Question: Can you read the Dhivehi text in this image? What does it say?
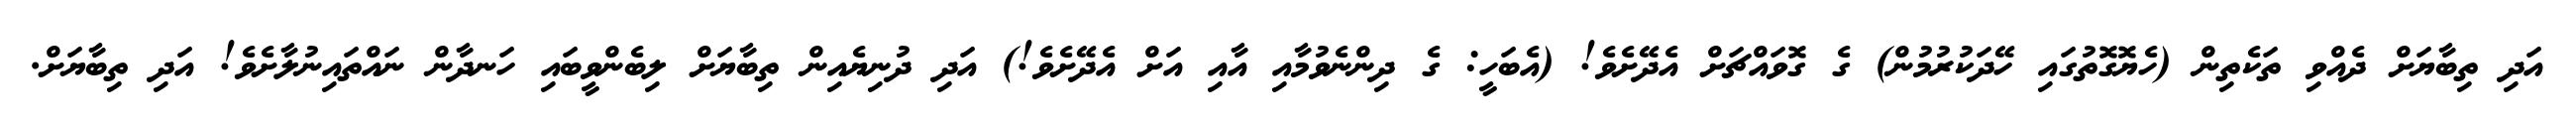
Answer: އަދި ތިބާޔަށް ދެއްވި ތަކެތިން (ހެޔޮގޮތުގައި ހޭދަކުރުމުން) ގެ ގޮވައްޗަށް އެދޭށެވެ! (އެބަހީ: ގެ ދިންނެވުމާއި އާއި އަށް އެދޭށެވެ!) އަދި ދުނިޔެއިން ތިބާޔަށް ލިބެންވީބައި ހަނދާން ނައްތައިނުލާށެވެ! އަދި ތިބާޔަށް.